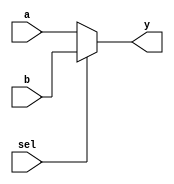
/* 
Combines a 3-bit multiplexer and a 3x8 decoder with enable 
*/

module mux_2x1(y, a, b, sel);
    input [2:0] a,b; 
    input sel; 
    output reg [2:0] y;

    always @(a,b,sel)
        begin
            if (sel == 1'b0)
                y=a;
            else if (sel==1'b1)
                y=b;
            else
                y=3'bxxx;
        end
endmodule

module dec_3x8(not_y,y,in,en);
    input [2:0] in;
    input en;  
    output reg [7:0]y;
    output reg [7:0]not_y; 

    always @(in,en)
        begin
            if (en==0)
            begin
                if(in[2]==1'b0 & in[1]==1'b0 & in[0]==1'b0)
                    y=8'b11111110;
                else if(in[2]==1'b0 & in[1]==1'b0 & in[0]==1'b1)
                    y=8'b11111101;      
                else if(in[2]==1'b0 & in[1]==1'b1 & in[0]==1'b0)
                    y=8'b11111011;
                else if(in[2]==1'b0 & in[1]==1'b1 & in[0]==1'b1)
                    y=8'b11110111; 
                else if(in[2]==1'b1 & in[1]==1'b0 & in[0]==1'b0)
                    y=8'b11101111;
                else if(in[2]==1'b1 & in[1]==1'b0 & in[0]==1'b1)
                    y=8'b11011111;      
                else if(in[2]==1'b1 & in[1]==1'b1 & in[0]==1'b0)
                    y=8'b10111111;
                else if(in[2]==1'b1 & in[1]==1'b1 & in[0]==1'b1)
                    y=8'b01111111;      
                else 
                    y=8'bxxxxxxxx;   
            end
            else 
                y=8'b11111111;
            not_y = ~y;
        end
endmodule